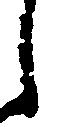
し